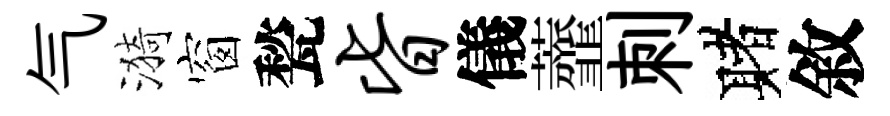
气漪窗甃皆儀虀刺赌敘